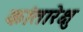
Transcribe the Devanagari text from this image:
कांतारेक्षु